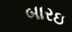
બારઇ